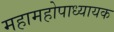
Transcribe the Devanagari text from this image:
महामहोपाध्यायक